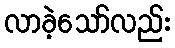
လာခဲ့သော်လည်း